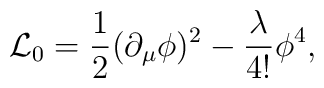
{\cal L}_0 = {1\over 2} (\partial_{\mu}\phi)^2                  - {\lambda \over 4!} \phi^4,